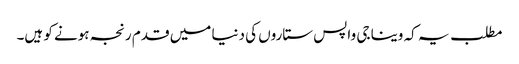
مطلب یہ کہ وینا جی واپس ستاروں کی دنیا میں قدم رنجہ ہونے کو ہیں۔